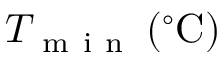
T _ { \mathrm { ~ m ~ i ~ n ~ } } \, ( ^ { \circ } \mathrm { C } )